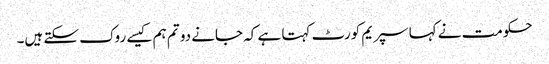
حکومت نے کہا سپریم کورٹ کہتا ہے کہ جانے دو تم ہم کیسے روک سکتے ہیں۔